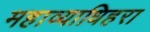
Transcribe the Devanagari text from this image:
महाव्याधिहरा